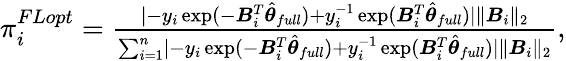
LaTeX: \begin{array}{r}{\pi_{i}^{FLopt}=\frac{\lvert-y_{i}\exp(-\boldsymbol{B}_{i}^{T}\hat{\boldsymbol{\theta}}_{full})+y_{i}^{-1}\exp(\boldsymbol{B}_{i}^{T}\hat{\boldsymbol{\theta}}_{full})\rvert\Vert\boldsymbol{B}_{i}\Vert_{2}}{\sum_{i=1}^{n}\lvert-y_{i}\exp(-\boldsymbol{B}_{i}^{T}\hat{\boldsymbol{\theta}}_{full})+y_{i}^{-1}\exp(\boldsymbol{B}_{i}^{T}\hat{\boldsymbol{\theta}}_{full})\rvert\Vert\boldsymbol{B}_{i}\Vert_{2}},}\end{array}